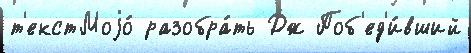
т'екстМоjо́ разобра́ть Дж Поб'ед'и́вший